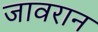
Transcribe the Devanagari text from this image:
जावरान